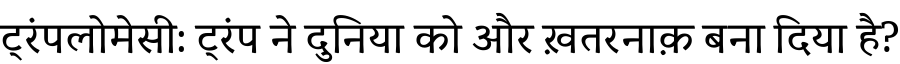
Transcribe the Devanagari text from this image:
ट्रंपलोमेसी: ट्रंप ने दुनिया को और ख़तरनाक़ बना दिया है?